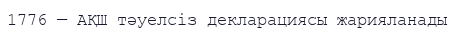
1776 — АҚШ тәуелсіз декларациясы жарияланады